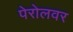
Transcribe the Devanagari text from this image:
पेरोलवर